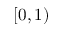
[ 0 , 1 )